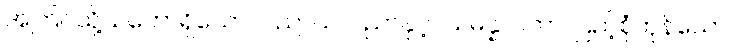
အကြင်သို့သဘောရှိသော။ ပညာယ၊ ပညာနှင့်။ သမန္နာဂတာ၊ ပြည့်စုံကုန်သော။